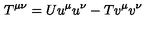
T ^ { \mu \nu } = U u ^ { \mu } u ^ { \nu } - T v ^ { \mu } v ^ { \nu }